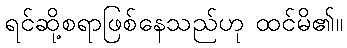
ရင်ဆို့စရာဖြစ်နေသည်ဟု ထင်မိ၏။